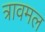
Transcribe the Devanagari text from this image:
त्रावमल